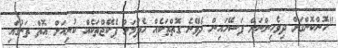
"ހޮންކޮންގަށް ދިވެހިންނަށް ފަސޭހައިން ދެވޭނެ ގޮތްތަކެއް ހެދުމަށް ޕެކޭޖްތަކެއް ކުރިއަށް އޮތް ތަނުގައި